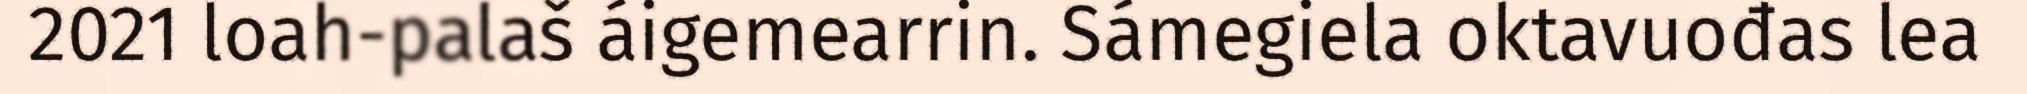
2021 loah-palaš áigemearrin. Sámegiela oktavuođas lea